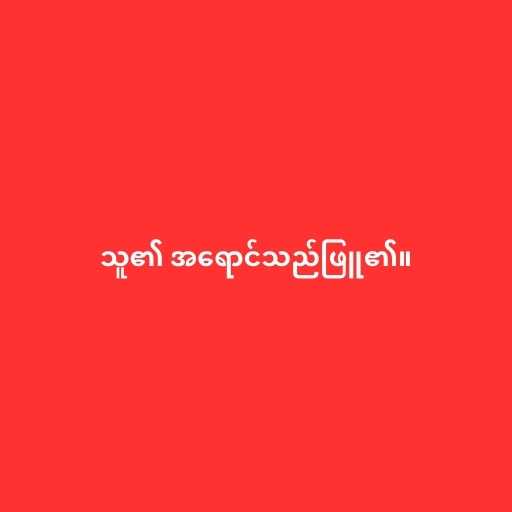
သူ၏ အရောင်သည်ဖြူ၏။